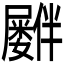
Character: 𪨠